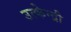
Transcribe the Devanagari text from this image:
उत्केन्द्री